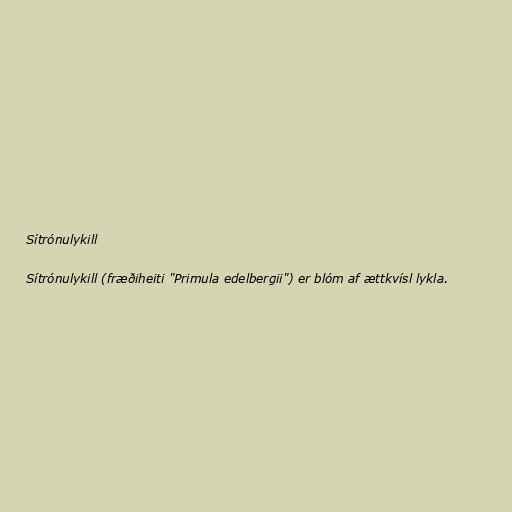
Sítrónulykill

Sítrónulykill (fræðiheiti "Primula edelbergii") er blóm af ættkvísl lykla.